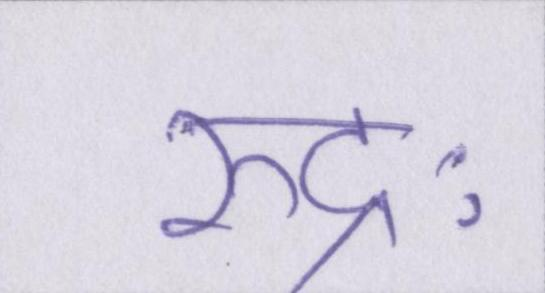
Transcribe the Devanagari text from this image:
रुद्रः